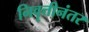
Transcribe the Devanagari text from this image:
निवॄत्तीनंतर